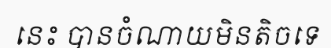
នេះ បានចំណាយមិនតិចទេ